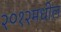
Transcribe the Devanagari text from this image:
२०१२मधील